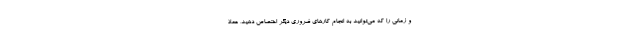
و زمانی را که می‌توانید به انجام کارهای ضروری دیگر اختصاص دهید، عملا